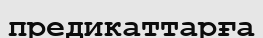
предикаттарға